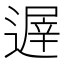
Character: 遟